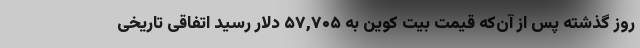
روز گذشته پس از آن‌که قیمت بیت کوین به ۵۷,۷۰۵ دلار رسید اتفاقی تاریخی